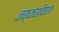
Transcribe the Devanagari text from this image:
नक्काशीवाला